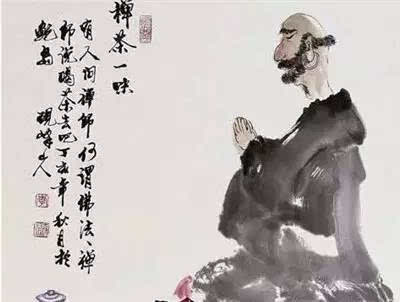
天地之道，博也厚也高也明也悠也久也。